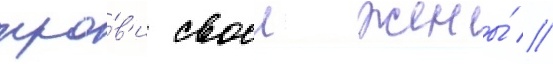
кро́в'и своеи жены́ //